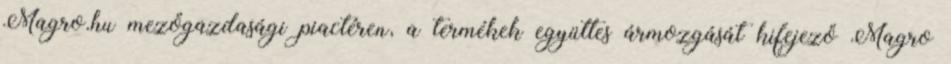
Magro.hu mezőgazdasági piactéren, a termékek együttes ármozgását kifejező Magro